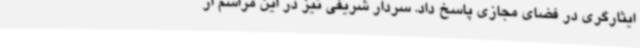
ایثارگری در فضای مجازی پاسخ داد. سردار شریفی نیز در این مراسم از